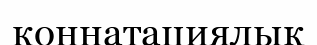
коннатациялық